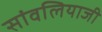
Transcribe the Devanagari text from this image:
सांवलियाजी